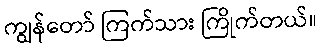
ကျွန်တော် ကြက်သား ကြိုက်တယ်။